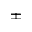
\pm